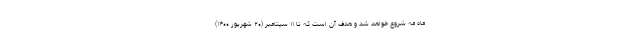
ماه مه شروع خواهد شد و هدف آن است که تا ۱۱ سپتامبر (۲۰ شهریور ۱۴۰۰)